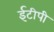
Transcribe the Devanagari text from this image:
ईटीपी